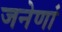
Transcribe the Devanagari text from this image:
जनेणां